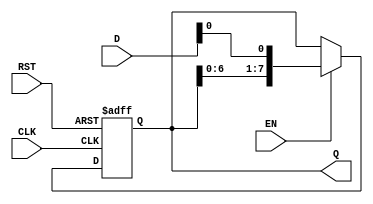
module ShiftRegister #(
    parameter N = 8  // Size of the shift register (in bits)
)(
    input wire [N-1:0] D,     // Input Data
    input wire CLK,           // Clock
    input wire RST,           // Reset
    input wire EN,            // Enable signal
    output reg [N-1:0] Q      // Output Data
);

    always @(posedge CLK or posedge RST) begin
        if (RST) begin
            Q <= {N{1'b0}};     // Clear the register (set to 0)
        end else if (EN) begin
            Q <= {Q[N-2:0], D[0]}; // Right shift: Shift current content and insert D[0] at LSB
        end
    end

endmodule